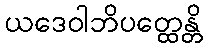
ယဒေဝါဘိပတ္ထေန္တိ